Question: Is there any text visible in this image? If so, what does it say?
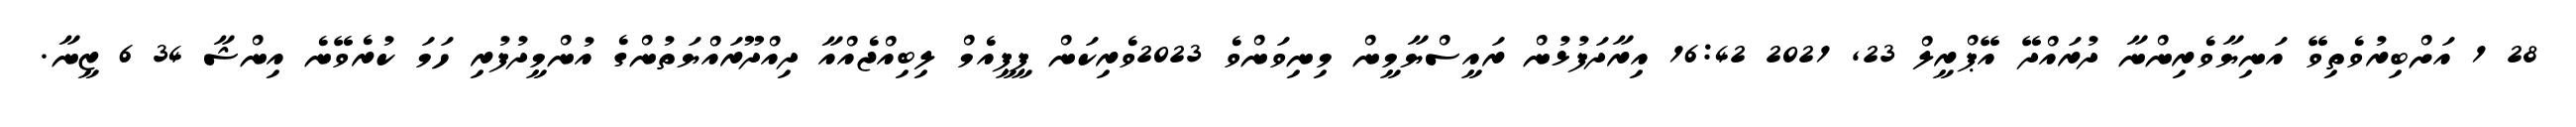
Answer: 28 1 އަށްބިރުވެތިވޭ އަނިޔާވެރިންނާ ދުރައްދޭ އޭޕްރީލް 23, 2021 16:42 އިރާދަފުޅުން ރައީސްޔާމީން މިނިވަންވެ 2023ވެރިކަން ޕީޕީއެމް ލިބިއްޖެއްއާ ދިއްދޫރައްޔަތުންގެ އުންމީދުފުރި ހަމަ ކުރެވޭނެ އިންޝާ 34 6 ޒީނާ.